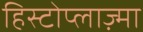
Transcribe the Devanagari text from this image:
हिस्टोप्लाज़्मा